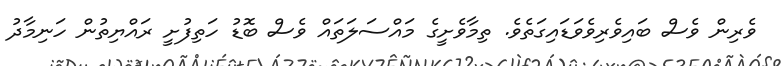
ވެރިން ވެސް ބައިވެރިވެވަޑައިގަތެވެ. ތިމާވެށީގެ މައްސަލަތައް ވެސް ބޮޑު ހަތިފުށީ ރައްޔިތުން ހަނިމާދު